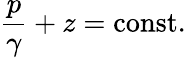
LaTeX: {\frac{p}{\gamma}}+z=\mathrm{const}.